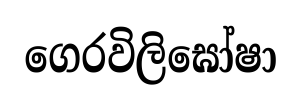
ගෙරවිලිඝෝෂා